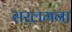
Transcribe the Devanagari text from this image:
सरलमना